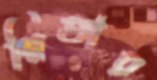
স্মিতার